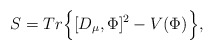
\begin{align*}S=Tr \Big\{ [D_\mu,\Phi]^2 - V(\Phi) \Big\}, \end{align*}